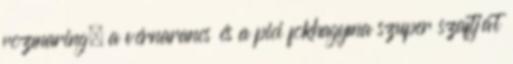
rozmaring, a vérnarancs és a pici fokhagyma szuper szaftját